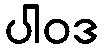
ပါဝဒ